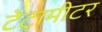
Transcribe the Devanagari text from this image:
टेट्रामीटर